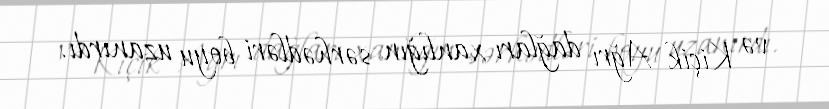
və Kiçik Ağrı dağları xanlığın sərhədləri boyu uzanırdı.